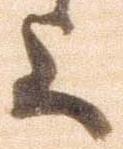
上